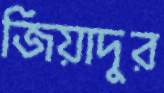
জিয়াদুর